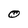
Character: O